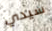
سيدي